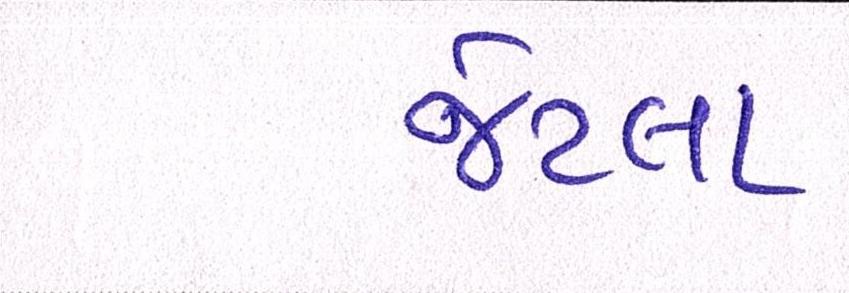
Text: જેટલા